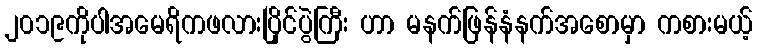
၂၀၁၉ကိုပါအမေရိကဖလားပြိုင်ပွဲကြီး ဟာ မနက်ဖြန်နံနက်အစောမှာ ကစားမယ့်